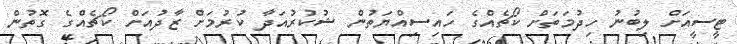
ޓީސީއަށް ލިބުނު ހިދުމަތަށް ކޯޗެއްގެ ހައިސިއްޔަތުން ޝުކުރުއަދާ ކުރުމަށް ޒާދުއަށް ކޯޗެއްގެ ގޮތުން